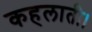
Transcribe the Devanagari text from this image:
कहलाती।